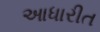
આધારીત